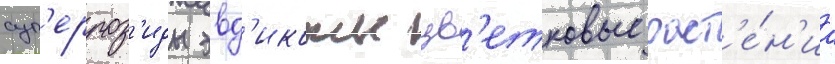
суп'ерроз'иды эвд'икоты цв'етковые раст'е́н'иа